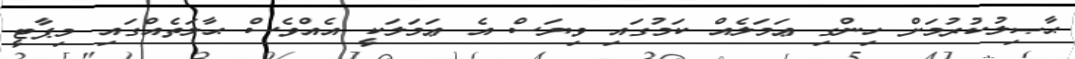
ޙާޞިލުކުރުމަށް ހިންގި ޢަމަލެއް ކަމުގައި ވިޔަސް އެ ޢަމަލަކީ އެއްވެސް ޙާލަތެއްގައި މިޕާޓީ